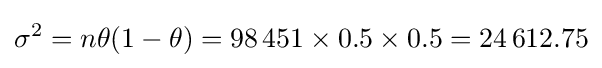
\sigma ^{2}=n\theta (1-\theta )=98\,451\times 0.5\times 0.5=24\,612.75